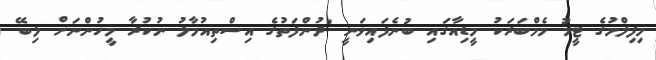
މިފިލްމުގެ ޓީމު މެމްބަރަކު މީޑިއާގައި ބުނެފައިވަނީ 'ދުންފަތުގެ އިސްތިއުމާލު ނުކުރާ މީހުންނަށް ލިބޭ